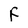
Character: F